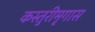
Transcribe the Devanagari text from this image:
कस्तुरीमृगास